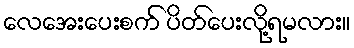
လေအေးပေးစက် ပိတ်ပေးလို့ရမလား။